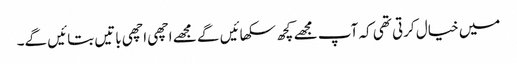
میں خیال کرتی تھی کہ آپ مجھے کچھ سکھائیں گے مجھے اچھی اچھی باتیں بتائیں گے۔